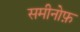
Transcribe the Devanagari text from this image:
समीनोफ़